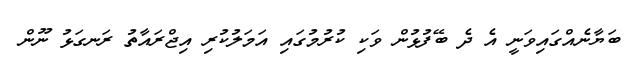
ބަޔާނެއްގައިވަނީ އެ ދެ ބޭފުޅުން ވަކި ކުރުމުގައި އަމަލުކުރި އިޖްރައާތު ރަނގަޅު ނޫން